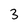
Character: 3